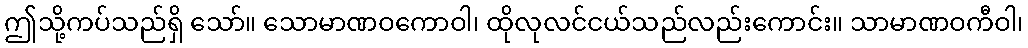
ဤသို့ကပ်သည်ရှိ သော်။ သောမာဏဝကောဝါ၊ ထိုလုလင်ငယ်သည်လည်းကောင်း။ သာမာဏဝကီဝါ၊